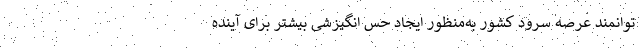
توانمند عرصه سرود کشور به‌منظور ایجاد حس انگیزشی بیشتر برای آینده